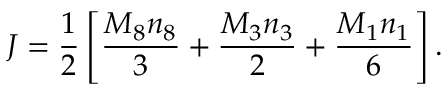
J = { \frac { 1 } { 2 } } \left[ { \frac { M _ { 8 } n _ { 8 } } { 3 } } + { \frac { M _ { 3 } n _ { 3 } } { 2 } } + { \frac { M _ { 1 } n _ { 1 } } { 6 } } \right] .